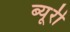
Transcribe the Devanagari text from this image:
ब्यूरी